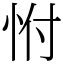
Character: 㤔